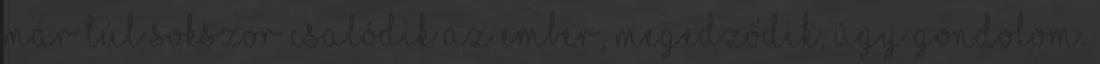
már túl sokszor csalódik az ember, megedződik, úgy gondolom.